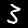
Digit: 3